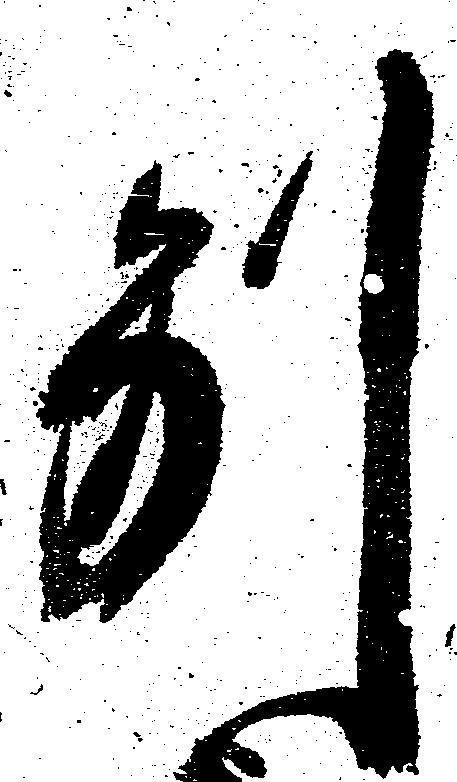
別